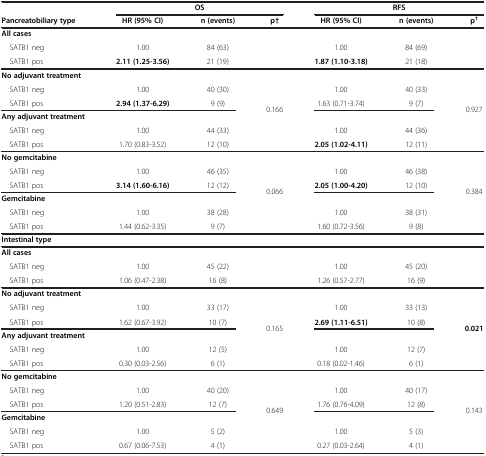
<table><thead><tr><td></td><td colspan="3"><b>OS</b></td><td colspan="3"><b>RFS</b></td></tr><tr><td><b>Pancreatobiliary type</b></td><td><b>HR (95% CI)</b></td><td><b>n (events)</b></td><td><b>p†</b></td><td><b>HR (95% CI)</b></td><td><b>n (events)</b></td><td><b>p<sup>†</sup></b></td></tr></thead><tbody><tr><td><b>All cases</b></td><td></td><td></td><td></td><td></td><td></td><td></td></tr><tr><td> SATB1 neg</td><td>1.00</td><td>84 (63)</td><td></td><td>1.00</td><td>84 (69)</td><td></td></tr><tr><td> SATB1 pos</td><td><b>2.11 (1.25-3.56)</b></td><td>21 (19)</td><td></td><td><b>1.87 (1.10-3.18)</b></td><td>21 (18)</td><td></td></tr><tr><td><b>No adjuvant treatment</b></td><td></td><td></td><td rowspan="6">0.166</td><td></td><td></td><td rowspan="6">0.927</td></tr><tr><td> SATB1 neg</td><td>1.00</td><td>40 (30)</td><td>1.00</td><td>40 (33)</td></tr><tr><td> SATB1 pos</td><td><b>2.94 (1.37-6.29)</b></td><td>9 (9)</td><td>1.63 (0.71-3.74)</td><td>9 (7)</td></tr><tr><td><b>Any adjuvant treatment</b></td><td></td><td></td><td></td><td></td></tr><tr><td> SATB1 neg</td><td>1.00</td><td>44 (33)</td><td>1.00</td><td>44 (36)</td></tr><tr><td> SATB1 pos</td><td>1.70 (0.83-3.52)</td><td>12 (10)</td><td><b>2.05 (1.02-4.11)</b></td><td>12 (11)</td></tr><tr><td><b>No gemcitabine</b></td><td></td><td></td><td rowspan="6">0.066</td><td></td><td></td><td rowspan="6">0.384</td></tr><tr><td> SATB1 neg</td><td>1.00</td><td>46 (35)</td><td>1.00</td><td>46 (38)</td></tr><tr><td> SATB1 pos</td><td><b>3.14 (1.60-6.16)</b></td><td>12 (12)</td><td><b>2.05 (1.00-4.20)</b></td><td>12 (10)</td></tr><tr><td><b>Gemcitabine</b></td><td></td><td></td><td></td><td></td></tr><tr><td> SATB1 neg</td><td>1.00</td><td>38 (28)</td><td>1.00</td><td>38 (31)</td></tr><tr><td> SATB1 pos</td><td>1.44 (0.62-3.35)</td><td>9 (7)</td><td>1.60 (0.72-3.56)</td><td>9 (8)</td></tr><tr><td><b>Intestinal type</b></td><td></td><td></td><td></td><td></td><td></td><td></td></tr><tr><td><b>All cases</b></td><td></td><td></td><td></td><td></td><td></td><td></td></tr><tr><td> SATB1 neg</td><td>1.00</td><td>45 (22)</td><td></td><td>1.00</td><td>45 (20)</td><td></td></tr><tr><td> SATB1 pos</td><td>1.06 (0.47-2.38)</td><td>16 (8)</td><td></td><td>1.26 (0.57-2.77)</td><td>16 (9)</td><td></td></tr><tr><td><b>No adjuvant treatment</b></td><td></td><td></td><td rowspan="6">0.165</td><td></td><td></td><td rowspan="6"><b>0.021</b></td></tr><tr><td> SATB1 neg</td><td>1.00</td><td>33 (17)</td><td>1.00</td><td>33 (13)</td></tr><tr><td> SATB1 pos</td><td>1.62 (0.67-3.92)</td><td>10 (7)</td><td><b>2.69 (1.11-6.51)</b></td><td>10 (8)</td></tr><tr><td><b>Any adjuvant treatment</b></td><td></td><td></td><td></td><td></td></tr><tr><td> SATB1 neg</td><td>1.00</td><td>12 (5)</td><td>1.00</td><td>12 (7)</td></tr><tr><td> SATB1 pos</td><td>0.30 (0.03-2.56)</td><td>6 (1)</td><td>0.18 (0.02-1.46)</td><td>6 (1)</td></tr><tr><td><b>No gemcitabine</b></td><td></td><td></td><td rowspan="6">0.649</td><td></td><td></td><td rowspan="6">0.143</td></tr><tr><td> SATB1 neg</td><td>1.00</td><td>40 (20)</td><td>1.00</td><td>40 (17)</td></tr><tr><td> SATB1 pos</td><td>1.20 (0.51-2.83)</td><td>12 (7)</td><td>1.76 (0.76-4.09)</td><td>12 (8)</td></tr><tr><td><b>Gemcitabine</b></td><td></td><td></td><td></td><td></td></tr><tr><td> SATB1 neg</td><td>1.00</td><td>5 (2)</td><td>1.00</td><td>5 (3)</td></tr><tr><td> SATB1 pos</td><td>0.67 (0.06-7.53)</td><td>4 (1)</td><td>0.27 (0.03-2.64)</td><td>4 (1)</td></tr></tbody></table>